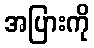
အပြားကို